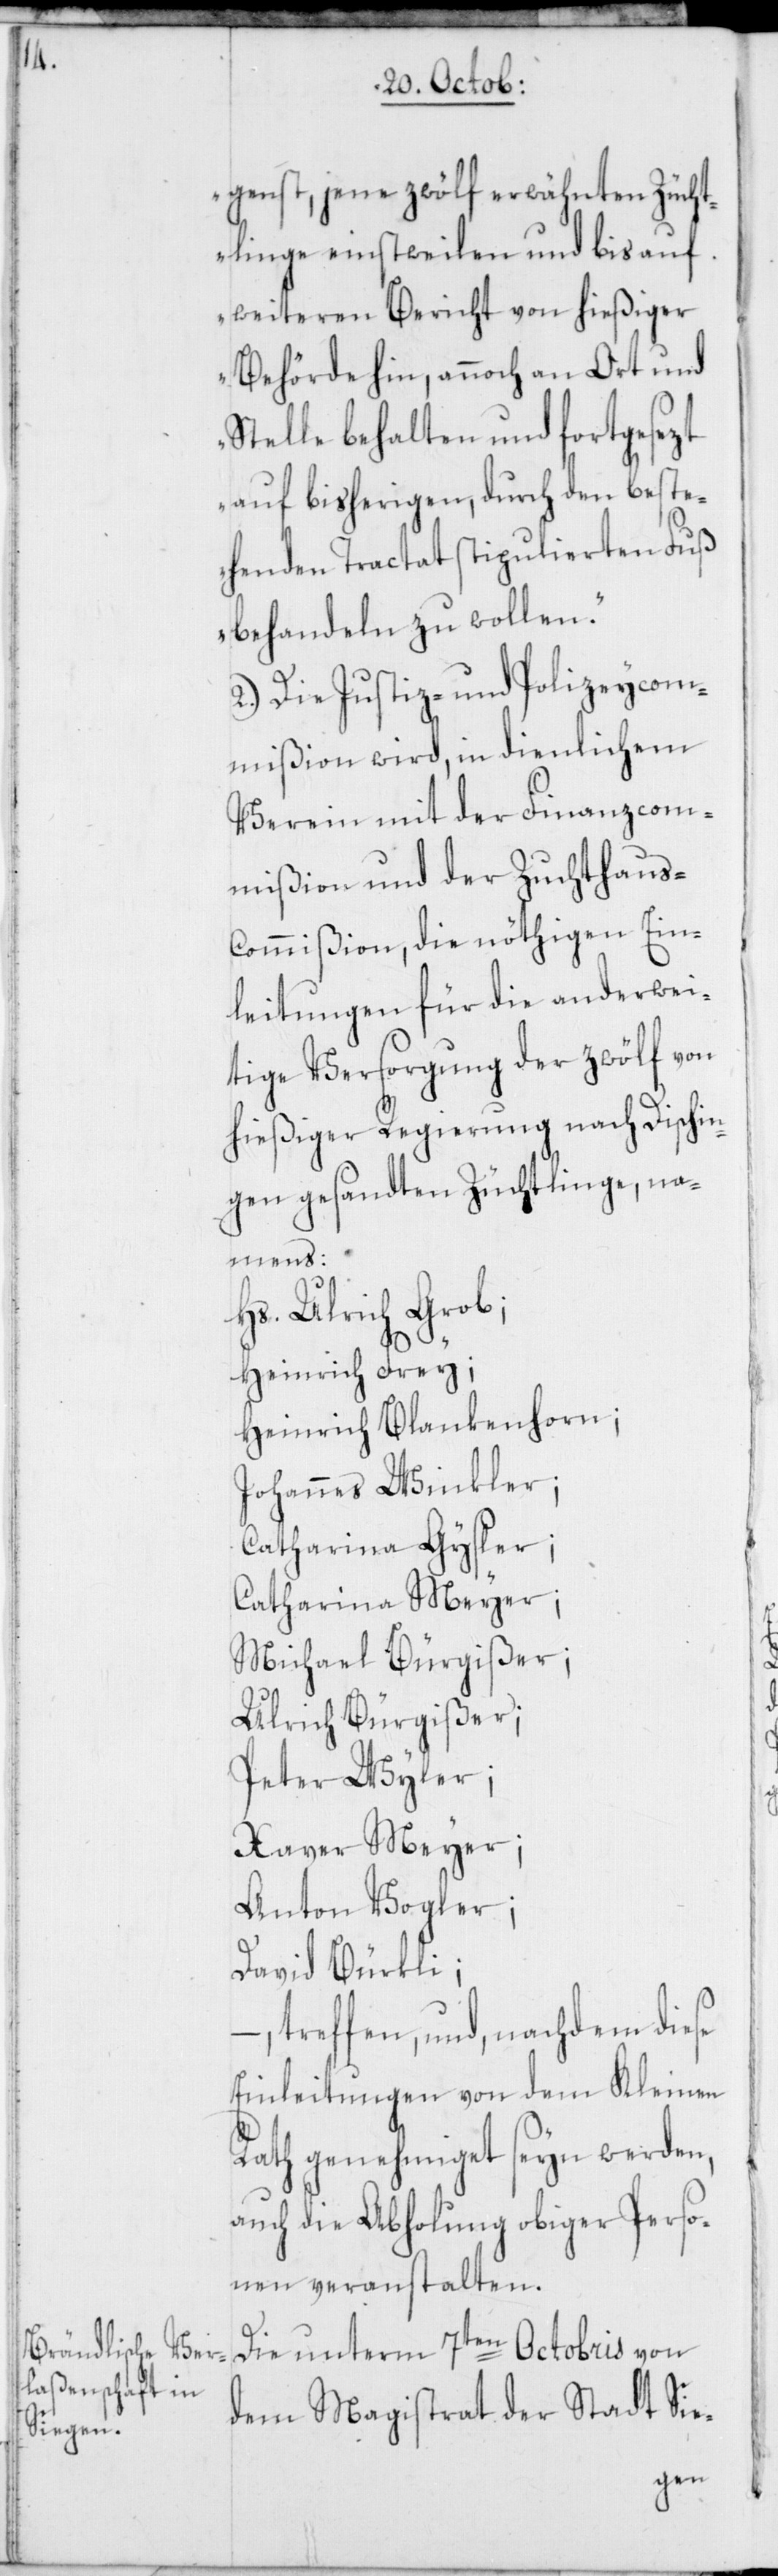
genst, jene zwölf erwähnten Zücht¬
linge einstweilen und bis auf
weiteren Bericht von hießiger
Behörde hin, annoch an Ort und
Stelle behalten und fortgesetzt
auf bisherigen, durch den beste¬
henden Tractat stipulierten Fuß
behandeln zu wollen.“
2.) Die Justiz- und Polizeycom¬
mißion wird, in dienlichem
Verein mit der Finanzcom¬
mißion und der Zuchthaus-C¬
ommißion, die nöthigen Ein¬
leitungen für die anderwei¬
tige Versorgung der zwölf von
hießiger Regierung nach Dischin¬
gen gesandten Züchtlinge, na¬
mens:
Hs. Ulrich Grob;
Heinrich Frey;
Heinrich Blankenhorn;
Johannes Winkler;
Catharina Gysler;
Catharina Meyer;
Michael Bürgißer;
Ulrich Bürgißer;
Peter Wyler;
Xaver Meyer;
Anton Vogler;
David Bürkli;
–, treffen, und, nachdem diese
Einleitungen von dem Kleinen
Rath genehmiget seyn werden,
auch die Abholung obiger Perso¬
nen veranstalten.
Die unterm 7ten Octobris von
dem Magistrat der Stadt Sie-